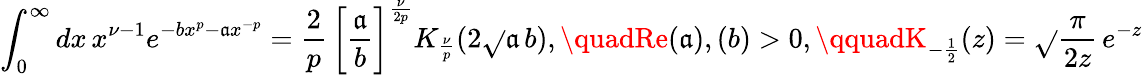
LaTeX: \int_{0}^{\infty}dx\, x^{\nu-1}e^{-bx^{p}-\mathfrak{a}x^{-p}}=\frac{{2}}{{p}}\, \bigg[\frac{{\mathfrak{a}}}{{b}}\bigg]^{\frac{{\nu}}{{2p}}}K_{\frac{{\nu}}{{p}}}(2\sqrt{}{{\mathfrak{a}\, b}}),\quadRe(\mathfrak{a}),(b)>0,\qquadK_{-\frac{{1}}{{2}}}(z)=\sqrt{}{{\frac{{\pi}}{{2z}}}}\, e^{-z}